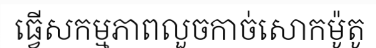
ធ្វើសកម្មភាពលួចកាច់សោកម៉ូតូ